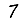
Digit: 7